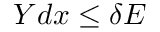
Y d x \leq \delta E